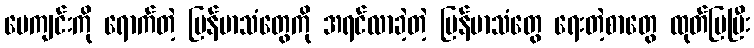
ပေကျင်းကို ရောက်တဲ့ မြန်မာသံတွေကို အရင်လာခဲ့တဲ့ မြန်မာသံတွေ ရေးတဲ့စာတွေ ထုတ်ပြပြီး